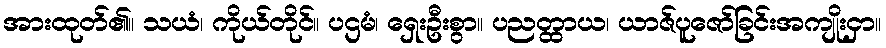
အားထုတ်၏။ သယံ၊ ကိုယ်တိုင်။ ပဌမံ၊ ရှေးဦးစွာ။ ပညတ္ထာယ၊ ယာဇ်ပူဇော်ခြင်းအကျိုးငှာ။